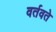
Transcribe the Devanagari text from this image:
वर्तवते